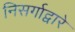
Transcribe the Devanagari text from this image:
निसर्गाद्वारे